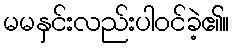
မမနှင်းလည်းပါဝင်ခဲ့၏။